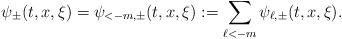
LaTeX: \begin{align*} \psi_{\pm}(t,x, \xi) = \psi_{<-m, \pm}(t,x,\xi) := \sum_{\ell < -m} \psi_{\ell, \pm}(t,x, \xi).\end{align*}